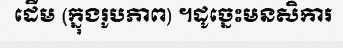
ដើម (ក្នុងរូបភាព) ។ដូច្នេះមនសិការ